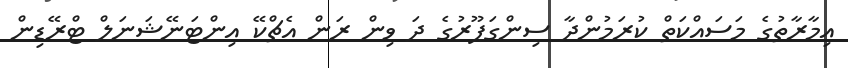
އިމާރާތުގެ މަސައްކަތް ކުރަމުންދާ ސިންގަޕޫރުގެ ދަ ވިން ރަން އެޗްކޭ އިންޓަނޭޝަނަލް ޓްރޭޑިން